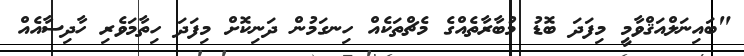
"ބައިނަލްއަޤްވާމީ މިފަދަ ބޮޑު މުބާރާތެއްގެ މެޗްތަކެއް ހިނގަމުން ދަނިކޮށް މިފަދަ ހިތާމަވެރި ހާދިސާއެއް